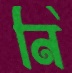
নি